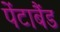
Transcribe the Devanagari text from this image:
पेंटाबैंड